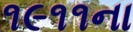
૧૯૧૧ના